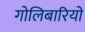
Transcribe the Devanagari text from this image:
गोलिबारियों